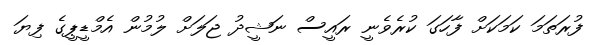
ފުރަތަމަ ކަމަކަށް ފާހަގަ ކުރެވެނީ ރައީސް ނަޝީދު ޖަލަށް ލުމުން އެމްޑީޕީގެ ފިޔަ